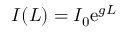
I ( L ) = I _ { 0 } \mathrm { e } ^ { g L }